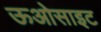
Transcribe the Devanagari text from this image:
ऊओसाइट